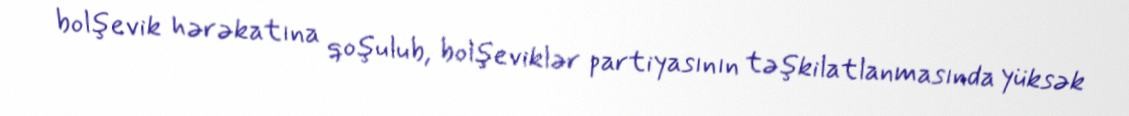
bolşevik hərəkatına qoşulub, bolşeviklər partiyasının təşkilatlanmasında yüksək